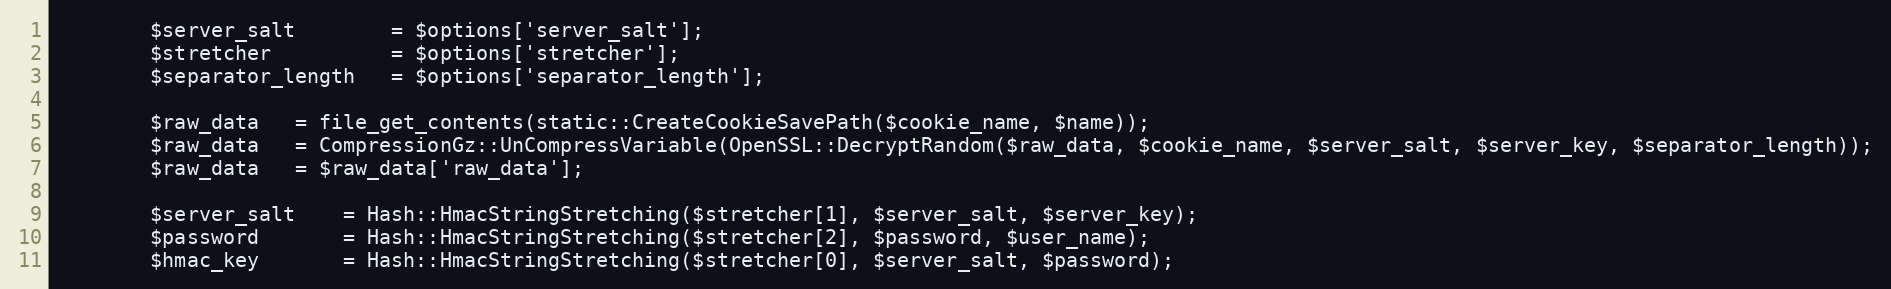
Language: PHP
		$server_salt		= $options['server_salt'];
		$stretcher			= $options['stretcher'];
		$separator_length	= $options['separator_length'];

		$raw_data	= file_get_contents(static::CreateCookieSavePath($cookie_name, $name));
		$raw_data	= CompressionGz::UnCompressVariable(OpenSSL::DecryptRandom($raw_data, $cookie_name, $server_salt, $server_key, $separator_length));
		$raw_data	= $raw_data['raw_data'];

		$server_salt	= Hash::HmacStringStretching($stretcher[1], $server_salt, $server_key);
		$password		= Hash::HmacStringStretching($stretcher[2], $password, $user_name);
		$hmac_key		= Hash::HmacStringStretching($stretcher[0], $server_salt, $password);